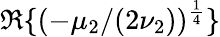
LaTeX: \mathfrak{R}\{ (-\mu_{2}/(2\nu_{2}))^{\frac{1}{4}}\}